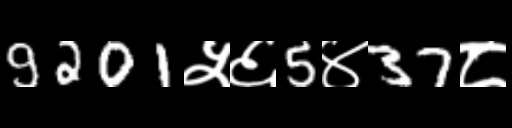
Text: 9201५६5४37८